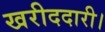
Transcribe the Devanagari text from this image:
खरीददारी।